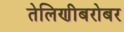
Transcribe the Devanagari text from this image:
तेलिणीबरोबर